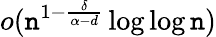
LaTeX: o(\mathtt{n}^{1-\frac{{\delta}}{{\alpha-d}}}\log\log\mathtt{n})